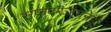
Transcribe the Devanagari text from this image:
सफदरजंगनेही